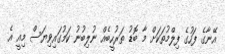
އޭނާގެ ފަހުގެ ފިލްމުތަކަށް މާ ބޮޑު ތަރުހީބެއް ނުލިބުނު ކަމުގައިވިޔަސް މިއީ އެ